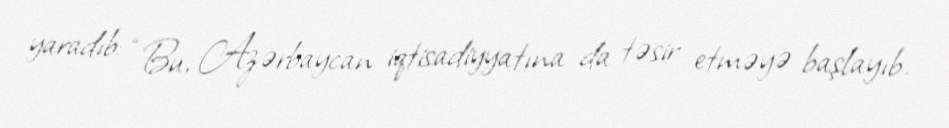
yaradıb: “Bu, Azərbaycan iqtisadiyyatına da təsir etməyə başlayıb.